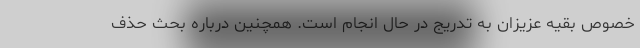
خصوص بقیه عزیزان به تدریج در حال انجام است. همچنین درباره بحث حذف